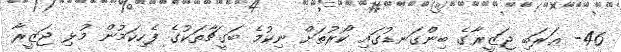
46- ޢަރަބި ޖަޒީރާގެ ބިންގަނޑުގައި ކޯރުތަށް ނިކުމެ ބަގީޗާތަކުގެ ފެހިކަމުން މުޅި ޖަޒީރާ